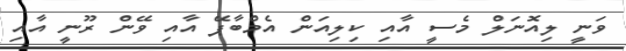
ވަނީ ލިއޮނަލް މެސީ އާއި ކިލިއަން އެމްބާޕޭ އާއި ވޭން ރޫނީ އާއި